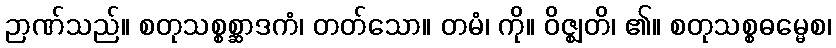
ဉာဏ်သည်။ စတုသစ္စစ္ဆာဒကံ၊ တတ်သော။ တမံ၊ ကို။ ဝိဇ္ဈတိ၊ ၏။ စတုသစ္စဓမ္မေစ၊